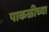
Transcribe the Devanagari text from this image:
पाकळीच्या